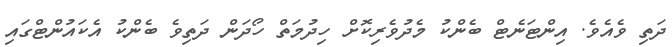
ދަތި ވެއެވެ. އިންޓަނެޓް ބެންކު މެދުވެރިކޮށް ހިދުމަތް ހޯދަން ދަތިވެ ބެންކު އެކައުންޓްގައި